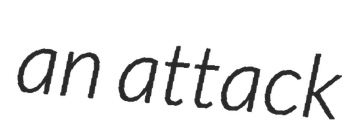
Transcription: an attack